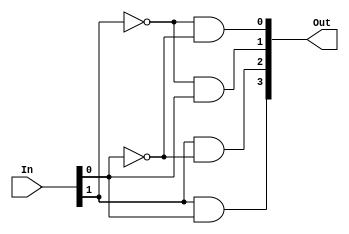
module decoder2_4(Out, In);
  input [1:0] In;
  output  [3:0] Out;
  assign  Out[0] = (~In[1] & ~In[0]),
          Out[1] = (~In[1] & In[0]),
          Out[2] = (In[1] & ~In[0]),
          Out[3] = (In[1] & In[0]);
endmodule

module decoder5_32(Out, In);
  input [4:0] In;
  output  [31:0] Out;
  assign  Out[0] = (~In[4] & ~In[3] & ~In[2] & ~In[1] & ~In[0]),
          Out[1] = (~In[4] & ~In[3] & ~In[2] & ~In[1] & In[0]),
          Out[2] = (~In[4] & ~In[3] & ~In[2] & In[1] & ~In[0]),
          Out[3] = (~In[4] & ~In[3] & ~In[2] & In[1] & In[0]),
          Out[4] = (~In[4] & ~In[3] & In[2] & ~In[1] & ~In[0]),
          Out[5] = (~In[4] & ~In[3] & In[2] & ~In[1] & In[0]),
          Out[6] = (~In[4] & ~In[3] & In[2] & In[1] & ~In[0]),
          Out[7] = (~In[4] & ~In[3] & In[2] & In[1] & In[0]),
          Out[8] = (~In[4] & In[3] & ~In[2] & ~In[1] & ~In[0]),
          Out[9] = (~In[4] & In[3] & ~In[2] & ~In[1] & In[0]),
          Out[10] = (~In[4] & In[3] & ~In[2] & In[1] & ~In[0]),
          Out[11] = (~In[4] & In[3] & ~In[2] & In[1] & In[0]),
          Out[12] = (~In[4] & In[3] & In[2] & ~In[1] & ~In[0]),
          Out[13] = (~In[4] & In[3] & In[2] & ~In[1] & In[0]),
          Out[14] = (~In[4] & In[3] & In[2] & In[1] & ~In[0]),
          Out[15] = (~In[4] & In[3] & In[2] & In[1] & In[0]),
          Out[16] = (In[4] & ~In[3] & ~In[2] & ~In[1] & ~In[0]),
          Out[17] = (In[4] & ~In[3] & ~In[2] & ~In[1] & In[0]),
          Out[18] = (In[4] & ~In[3] & ~In[2] & In[1] & ~In[0]),
          Out[19] = (In[4] & ~In[3] & ~In[2] & In[1] & In[0]),
          Out[20] = (In[4] & ~In[3] & In[2] & ~In[1] & ~In[0]),
          Out[21] = (In[4] & ~In[3] & In[2] & ~In[1] & In[0]),
          Out[22] = (In[4] & ~In[3] & In[2] & In[1] & ~In[0]),
          Out[23] = (In[4] & ~In[3] & In[2] & In[1] & In[0]),
          Out[24] = (In[4] & In[3] & ~In[2] & ~In[1] & ~In[0]),
          Out[25] = (In[4] & In[3] & ~In[2] & ~In[1] & In[0]),
          Out[26] = (In[4] & In[3] & ~In[2] & In[1] & ~In[0]),
          Out[27] = (In[4] & In[3] & ~In[2] & In[1] & In[0]),
          Out[28] = (In[4] & In[3] & In[2] & ~In[1] & ~In[0]),
          Out[29] = (In[4] & In[3] & In[2] & ~In[1] & In[0]),
          Out[30] = (In[4] & In[3] & In[2] & In[1] & ~In[0]),
          Out[31] = (In[4] & In[3] & In[2] & In[1] & In[0]);
endmodule